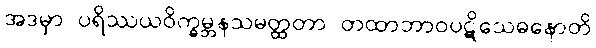
အဒမှာ ပရိဿယဝိက္ခမ္ဘနသမတ္ထတာ တထာဘာဝပဋိသေဓနောတိ